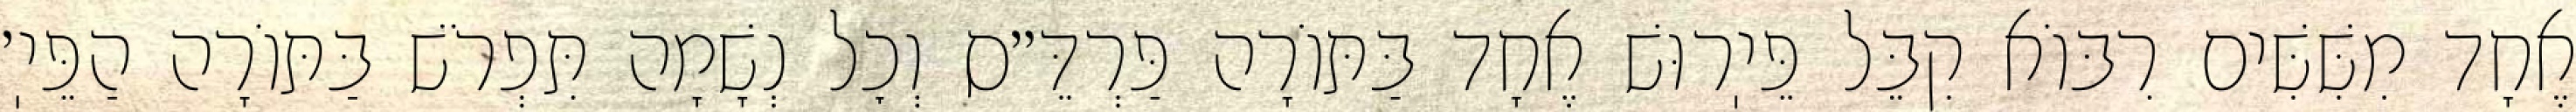
אֶחָד מִשִּׁשִּׁים רִבּוֹא קִבֵּל פֵּיֽרוּשׁ אֶחָד בַּתּוֹרָה פַּרְדֵּ״ס וְכׇל נְשָׁמָה תִּפְרֹשׁ בַּתּוֹרָה הַפֵּיֽ׳